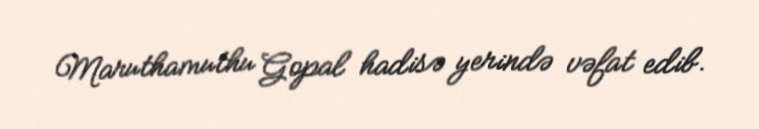
Maruthamuthu Gopal hadisə yerində vəfat edib.